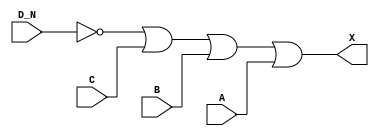
module sky130_fd_sc_hdll__or4b (
    X  ,
    A  ,
    B  ,
    C  ,
    D_N
);

    // Module ports
    output X  ;
    input  A  ;
    input  B  ;
    input  C  ;
    input  D_N;

    // Module supplies
    supply1 VPWR;
    supply0 VGND;
    supply1 VPB ;
    supply0 VNB ;

    // Local signals
    wire not0_out ;
    wire or0_out_X;

    //  Name  Output     Other arguments
    not not0 (not0_out , D_N              );
    or  or0  (or0_out_X, not0_out, C, B, A);
    buf buf0 (X        , or0_out_X        );

endmodule